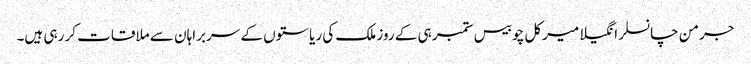
جرمن چانسلر انگیلا میرکل چوبیس ستمبر ہی کے روز ملک کی ریاستوں کے سربراہان سے ملاقات کر رہی ہیں۔